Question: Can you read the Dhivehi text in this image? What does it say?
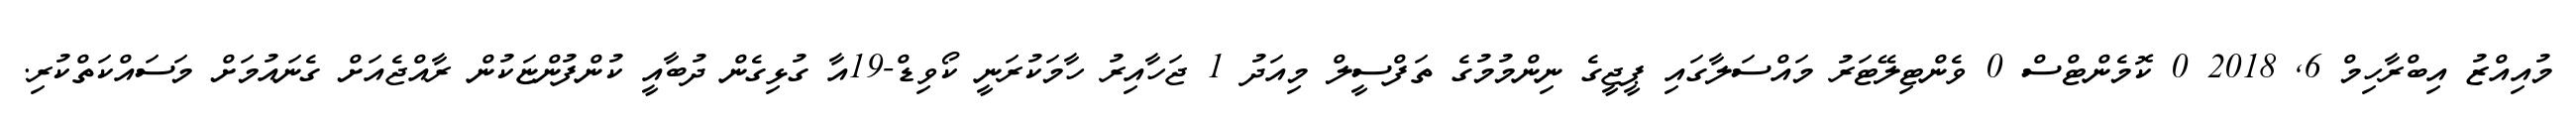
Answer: މުއިއްޒު އިބްރާހިމް 6, 2018 0 ކޮމެންޓްސް 0 ވެންޓިލޭޓަރު މައްސަލާގައި ޕީޖީގެ ނިންމުމުގެ ތަފްސީލް މިއަދު 1 ޖަހާއިރު ހާމަކުރަނީ ކޯވިޑް-19އާ ގުޅިގެން ދުބާއީ ކުންފުންޏަކުން ރާއްޖެއަށް ގެނައުމަށް މަސައްކަތްކުރި.